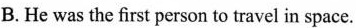
B. He was the first person to travel in space.